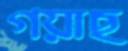
গয়াছ